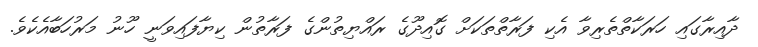
ދާއިރާގައި ހަރަކާތްތެރިވާ އެކި ފަރާތްތަކަށް ގޮއިދޫގެ ރައްޔިތުންގެ ފަރާތުން ކިޔާފައިވަނީ ހޫނު މަރުހަބާއެކެވެ.